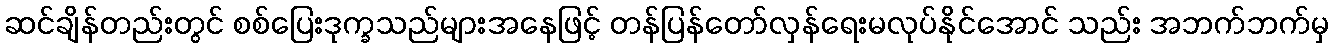
ဆင်ချိန်တည်းတွင် စစ်ပြေးဒုက္ခသည်များအနေဖြင့် တန်ပြန်တော်လှန်ရေးမလုပ်နိုင်အောင် သည်း အဘက်ဘက်မှ